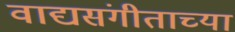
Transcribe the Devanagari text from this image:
वाद्यसंगीताच्या